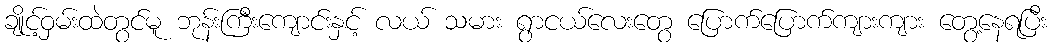
ချိုင့်ဝှမ်းထဲတွင်မူ ဘုန်းကြီးကျောင်းနှင့် လယ် သမား ရွာငယ်လေးတွေ ပြောက်ပြောက်ကျားကျား တွေ့နေရပြီး